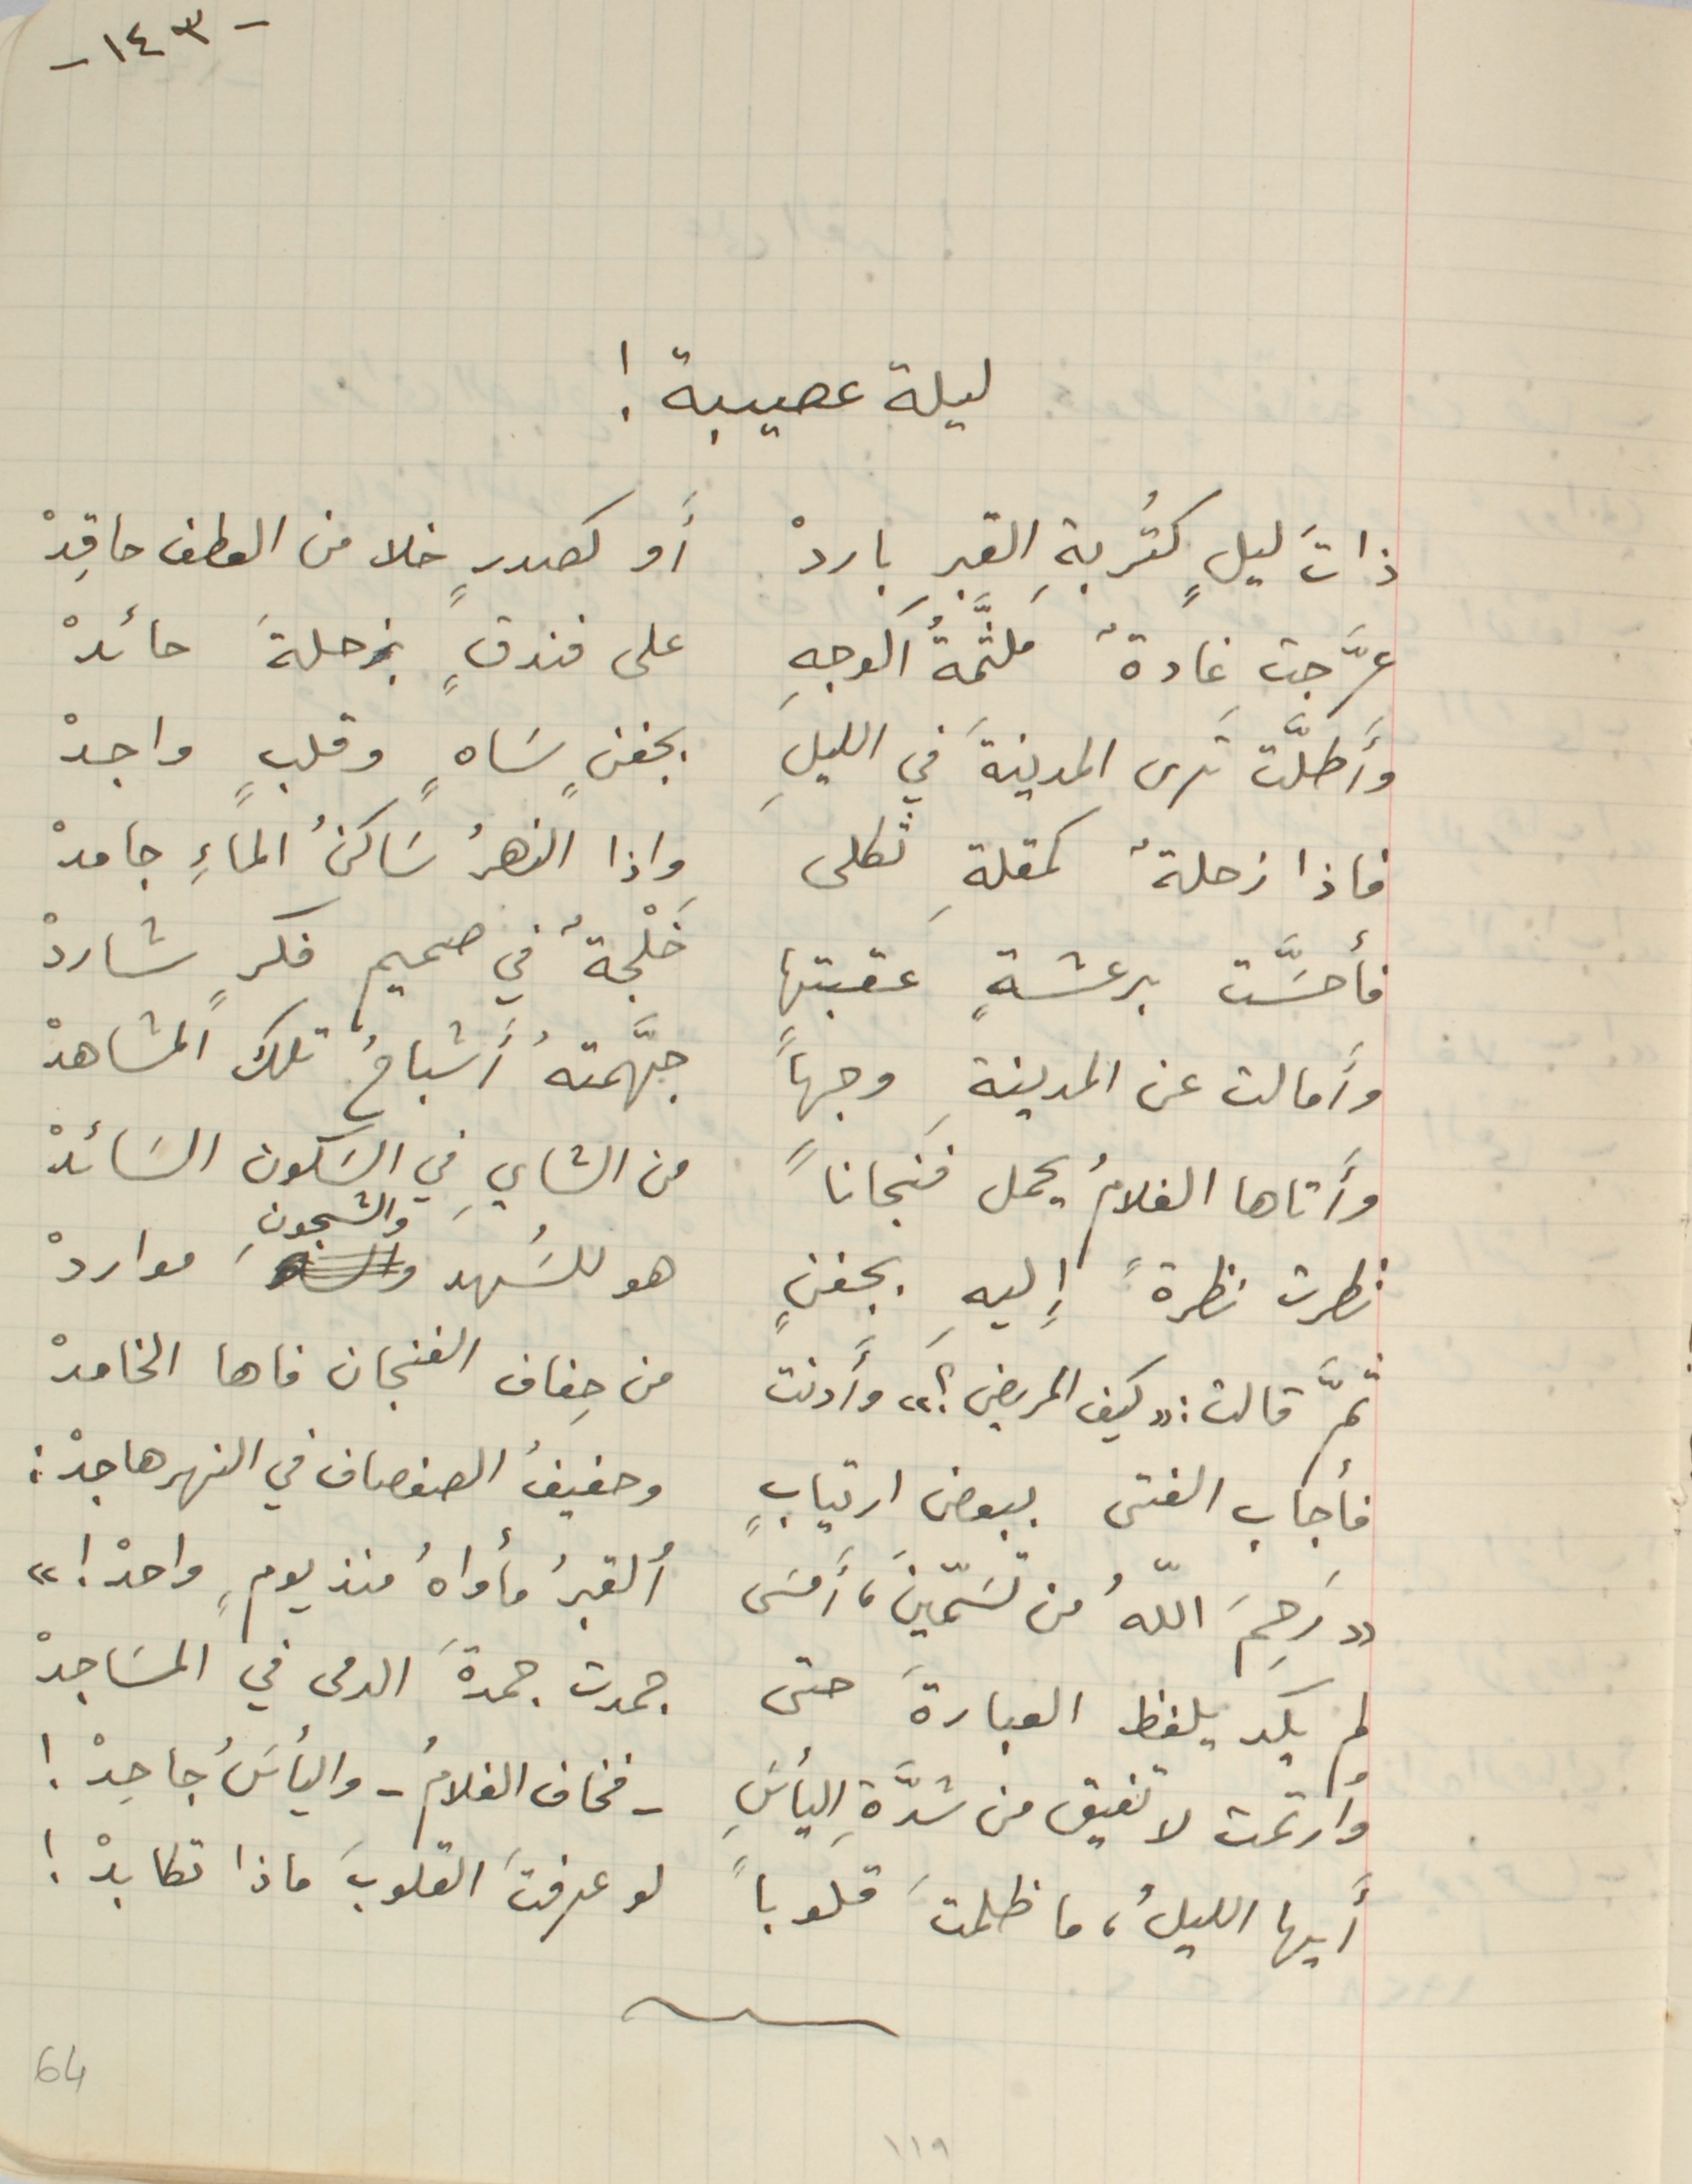
-١٤٣-
ليلة عصيبة!
ذاتَ ليلٍ كتُربةِ القبرِ باردْ أَو كصدرٍ خلا من العطف حاقِدْ
عرَّجت غادةٌ ملثَّمةُ الوجهِ على فندقٍ بزحلةَ حائدْ
وأَطلَّت ترى المدينةَ في الليلِ بخفنٍ سَاهٍ وقلبٍ واجدْ
 فاذا زحلةٌ كمقلةِ ثكلى واذا النهرُ سَاكنُ الماءِ جامدْ
فأحسَّت برعشةٍ عقبتها خلجةٌ في صميم فكرٍ شاردْ
 وأَمالت عن المدينةِ وجهاً جهَّمتهُ أَشباحُ تلك المشاهدْ
 وأَتاها الغلامُ يحمل فنجاناً من الشايِ في السَكون السَائدْ
نظرت نظرةً إليهِ بجفنٍ هو للسَُهد والشجونِ مواردْ
ثمَّ قالت: "كيف المريض؟" وأَدنت من حِفاف الفنجان فاها الخامدْ
فأجاب الفتى ببعض ارتيابٍ وحفيفُ الصفصاف في النهر هاجدْ:
"رَحِمَ اللهُ من تسَمّينَ، أَمسَى ألقبرُ مأواهُ منذ يومٍ، واحدْ !"
 لم يكد يلفظ العبارةَ حتى جمدت جمدةَ الدمى في المسَاجدْ
وارتمت لا تفيق من شدَّة اليأسَِ -فخاف الغلامُ- واليأسَُ، جاحِدْ!
أيها الليلُ، ما ظلمتَ قلوباً لو عرفتَ القلوبَ ماذا تكابدْ!
١١٩                                                            64